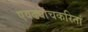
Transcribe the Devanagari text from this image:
एवढ्याचकरितां